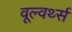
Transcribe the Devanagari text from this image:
वूल्वर्थ्स